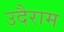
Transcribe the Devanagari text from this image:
उदैराम